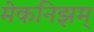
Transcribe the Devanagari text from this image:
मेकनिझम्